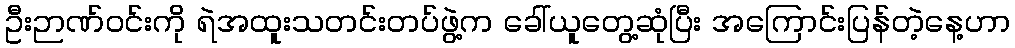
ဦးဉာဏ်ဝင်းကို ရဲအထူးသတင်းတပ်ဖွဲ့က ခေါ်ယူတွေ့ဆုံပြီး အကြောင်းပြန်တဲ့နေ့ဟာ